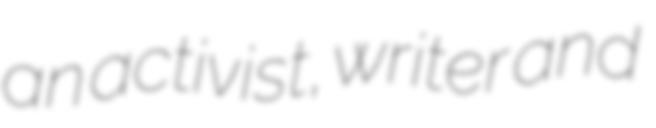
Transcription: an activist, writer and